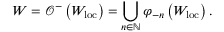
W = \mathcal { O } ^ { - } \left( W _ { \mathrm { l o c } } \right) = \bigcup _ { n \in \mathbb { N } } \varphi _ { - n } \left( W _ { \mathrm { l o c } } \right) .